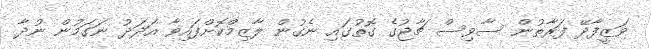
ވަޒީފާދޭ ފަރާތުން ސާވިސް ޗާޖުގެ ގޮތުގައި ނެގުން ލާޒިމްކޮށްފައިވާ އަދަދު ނަގަމުން ނުދާ